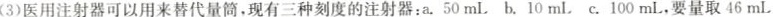
(3)医用注射器可以用来替代量筒，现有三种刻度的注射器：a.50mL b.10mL c.100mL，要量取46mL